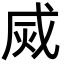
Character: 烕